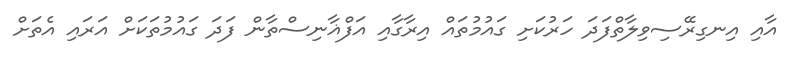
އާއި އިނގިރޭސިވިލާތްފަދަ ހަރުކަށި ގައުމުތައް އިރާގާއި އަފްޣާނިސްތާން ފަދަ ގައުމުތަކަށް އަރައި އެތަށް